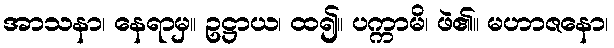
အာသနာ၊ နေရာမှ။ ဥဋ္ဌာယ၊ ထ၍။ ပက္ကာမိ၊ ဖဲ၏။ မဟာဇနော၊